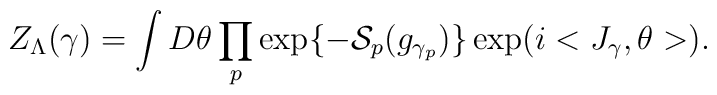
Z_{\Lambda}(\gamma ) = \int D\theta \prod_p \exp\{-{\cal S}_{p}(g_{\gamma_{p}}) \}\exp (i<J_\gamma,\theta >).